Report on vaccination in Madras 1904-1921 - 1904-1921
Year: 1904
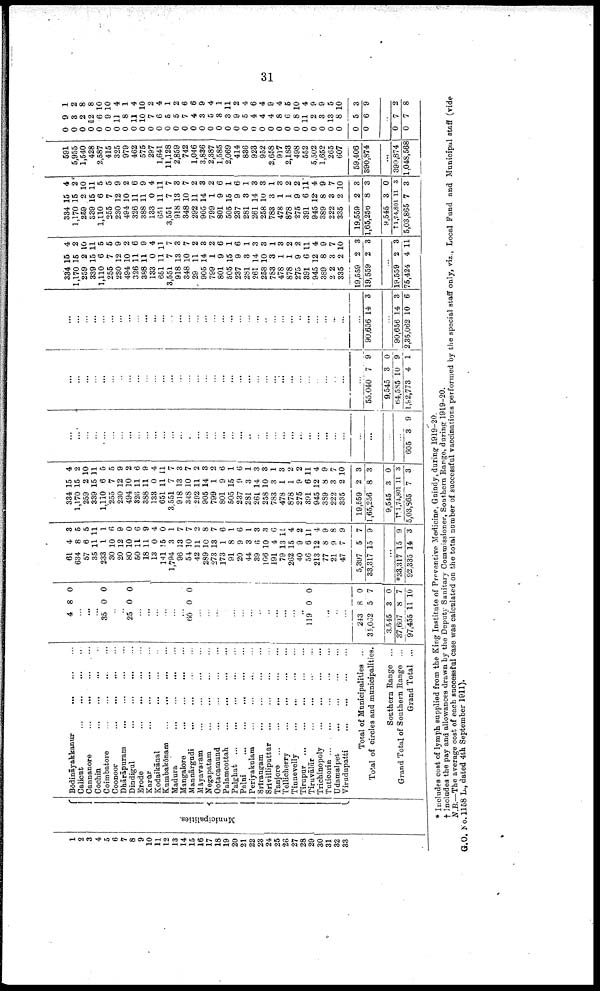
31
1
2
3
4
5
6
7
8
9
10
11
12
13
14
15
16
17
18
19
20
21
22
23
24
25
26
27
28
29
30
31
32
33
Municipalities.
Bōdināyakkanur... ... ...
...
Calicut...
...
...
...
Cannanore... ... ... ...
Cochin...
...
...
...
...
Coimbatore... ... ... ...
Coonoor...
...
...
...
...
Dhārāpuram...
...
...
...
Dindigul...
...
...
...
Erode...
...
...
...
Karur...
...
...
...
Kodaikānal... ... ... ... ...
Kumbakōnam...
...
...
...
...
Madura...
...
...
...
Mangalore... ... ... ...
Mannārgudi... ... ... ...
Māyavaram... ... ... ... ...
Negapatam... ... ... ...
Ootacamund...
...
...
...
...
Palamcottah...
...
...
...
...
Palghat...
...
...
...
...
Palni...
...
...
...
...
Periyakulam... ... ... ... ...
Srirangam...
...
...
...
...
Srivilliputtür...
...
...
...
Tanjore... ... ... ... ...
Tellicherry...
...
...
...
Tinnevelly...
...
...
...
...
Tirupur...
...
...
...
...
Tiruvālūr... ... ...
Trichinopoly...
...
...
...
Tuticorin...
... ... ... ...
Udamalpet...
...
...
...
...
Viradupatti... ... ... ... ... ...
Total of Municipalities ..
Total of circles and municipalities.
Southern Range ...
Grand Total of Southern Range ...
Grand Total... ... ...
4 8 0
...
...
...
35 0 0
...
...
25 0 0
...
...
...
...
...
...
60 0 0
...
...
...
...
...
...
...
...
..
...
...
...
..
119 0 0
...
...
...
...
243
34,062
3,545
37,607
97,455
8
5
3
8
11
0
7
0
7
10
61
634
57
35
233
30
20
80
50
18
13
141
1,794
96
54
42
289
273
173
91
20
44
39
106
191
79
262
40
56
213
77
21
47
5,397
33,317
4
8
6
11
1
10
12
10
11
11
0
15
3
13
10
11
10
13
1
8
9
3
6
10
4
13
15
9
6
12
8
9
7
5
15
3
5
5
11
1
6
9
0
6
9
4
0
1
7
7
2
8
7
6
1
6
1
3
3
6
11
4
2
11
4
9
8
9
7
9
...
*33,317
92,335
15
14
9
3
334
1,170
259
339
1,110
255
230
494
326
388
133
651
3,551
918
348
292
905
799
801
505
237
281
261
258
783
478
878
275
391
945
389
222
335
19,559
1,65,256
9,545
†*1,74,801
5,03,865
15
15
2
15
6
7
12
10
11
11
0
11
7
13
10
11
14
1
9
15
9
3
14
10
3
1
1
9
6
12
8
3
2
2
8
3
1 1
7
4
2
10
11
5
5
9
2
6
9
4
11
7
3
7
2
3
2
6
1
6
1
3
3
1
3
2
2
11
4
9
7
10
3
3
0
3
3
...
...
...
...
...
...
...
...
...
...
...
...
...
...
...
...
...
...
...
...
...
...
...
...
...
...
...
...
...
...
...
...
...
...
...
...
...
605 3 9
...
...
...
...
...
...
...
...
...
...
...
...
...
...
...
...
...
...
...
...
...
...
...
...
...
...
...
...
...
...
...
...
...
...
55,040
9,545
64,585
1,92,773
7
3
10
4
9
0
9
1
...
...
...
...
...
...
...
...
...
...
...
...
...
...
...
...
...
...
...
...
...
...
...
...
...
...
...
...
...
...
...
...
...
...
90,656 14 3
...
90,656
2,35,062
14
10
3
6
334
1,170
259
339
1,110
255
230
494
326
388
133
651
3,551
918
348
29
905
799
801
505
237
281
261
258
783
478
878
275
391
945
389
2.2
335
19,559
19,559
15
15
2
15
6
7
12
10
11
11
0
11
7
13
10
11
14
1
9
15
9
3
14
10
3
1
1
9
6
12
8
3
2
2
2
4
2
10
11
5
5
9
2
6
9
4
11
7
3
7
2
3
2
6
1
6
1
3
3
1
3
2
2
11
4
9
7
10
3
3
...
19,559
75,424
2
4
3
11
334
1,170
259
339
1,110
255
230
494
326
388
133
651
3,551
918
348
292
905
799
801
505
237
281
261
258
783
478
878
275
391
945
389
222
335
19,559
1,65,256
9,545
†1,74,801
5,03,865
15
15
2
15
6
7
12
10
11
11
0
11
7
13
10
11
14
1
9
15
9
3
14
10
3
1
1
9
6
12
8
3
2
2
8
3
11
7
4
2
10
11
5
5
9
2
6
9
4
11
7
3
7
2
3
2
6
1
6
1
3
3
1
3
2
2
11
4
9
7
10
3
3
0
3
3
591
5,955
1,540
428
2,587
415
325
979
462
575
297
1,641
11,128
2,859
742
1,046
3,836
2,387
1,585
2,069
414
836
923
952
2,658
917
2,188
498
552
5,502
1,652
265
607
59,406
390,874
...
390,874
1,043,568
0
0
0
0
0
0
0
0
0
0
0
0
0
0
0
0
0
0
0
0
0
0
0
0
0
0
0
0
0
0
0
0
0
0
0
9
3
2
12
6
9
11
8
11
10
7
6
5
5
7
4
3
5
8
3
9
5
4
4
4
8
6
8
11
2
3
13
8
5
6
1
2
8
8
10
10
4
1
4
10
2
4
1
2
6
6
9
4
1
11
2
4
6
4
9
4
5
10
4
9
9
5
10
3
9
...
0
0
7
7
2
8
* Includes cost of lymph supplied from the King Institute of Preventive Medicine, Guindy, during 1919-20.
† Includes the pay and allowances drawn by the Deputy Sanitary Commissioner, Southern Range, during 1919-20.
N.B.—The average cost of each successful case was calculated on the total number of successful vaccinations performed by the special staff only, viz., Local Fund and Municipal staff (vide
G.O. No. 1158 L., dated 4th September 1911).